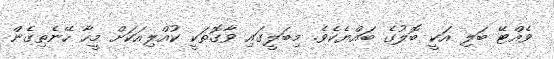
ވެއްޓޭ ބަލި އަކީ ބޮލުގެ ބައްޔެކެވެ. މިބަލީގައި ވާގޮތަކީ ކުއްލިއަކަށް މީހާ ހޭނެތިގެން